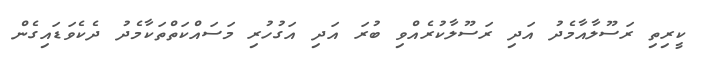
ކީރިތި ރަސޫލާއާމެދު އަދި ރަސޫލާކުރެއްވި ބުރަ އަދި އަގުހުރި މަސައްކަތްތަކާމެދު ދެކެވަޑައިގެން